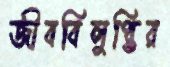
জীববিলুপ্তির